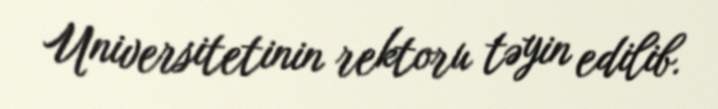
Universitetinin rektoru təyin edilib.